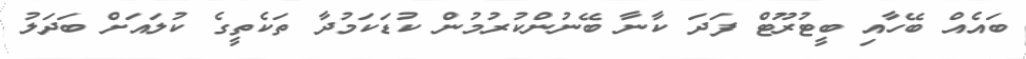
ބައެއް ބޭހާއި ބީޓުރޫޓް ފަދަ ކާނާ ބޭނުންކުރުމުން ކުޑަކަމުދާ ތަކެތީގެ ކުލައަށް ބަދަލު